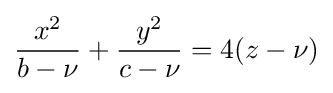
{\frac {x^{2}}{b-\nu }}+{\frac {y^{2}}{c-\nu }}=4(z-\nu )